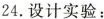
24.设计实验：